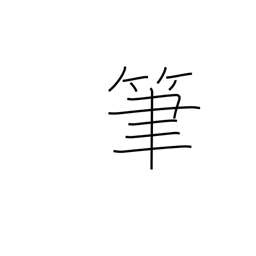
Meaning: writing